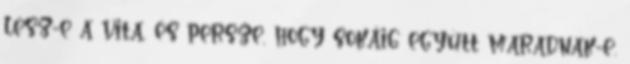
lesz-e a vita, és persze, hogy sokáig együtt maradnak-e.